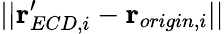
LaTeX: ||\mathbf{r}_{ECD,i}^{\prime}-\mathbf{r}_{origin,i}||